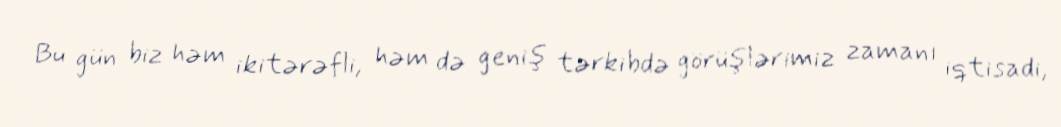
Bu gün biz həm ikitərəfli, həm də geniş tərkibdə görüşlərimiz zamanı iqtisadi,